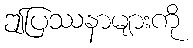
ဤပြဿနာများကို